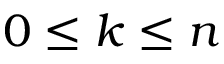
0 \leq k \leq n